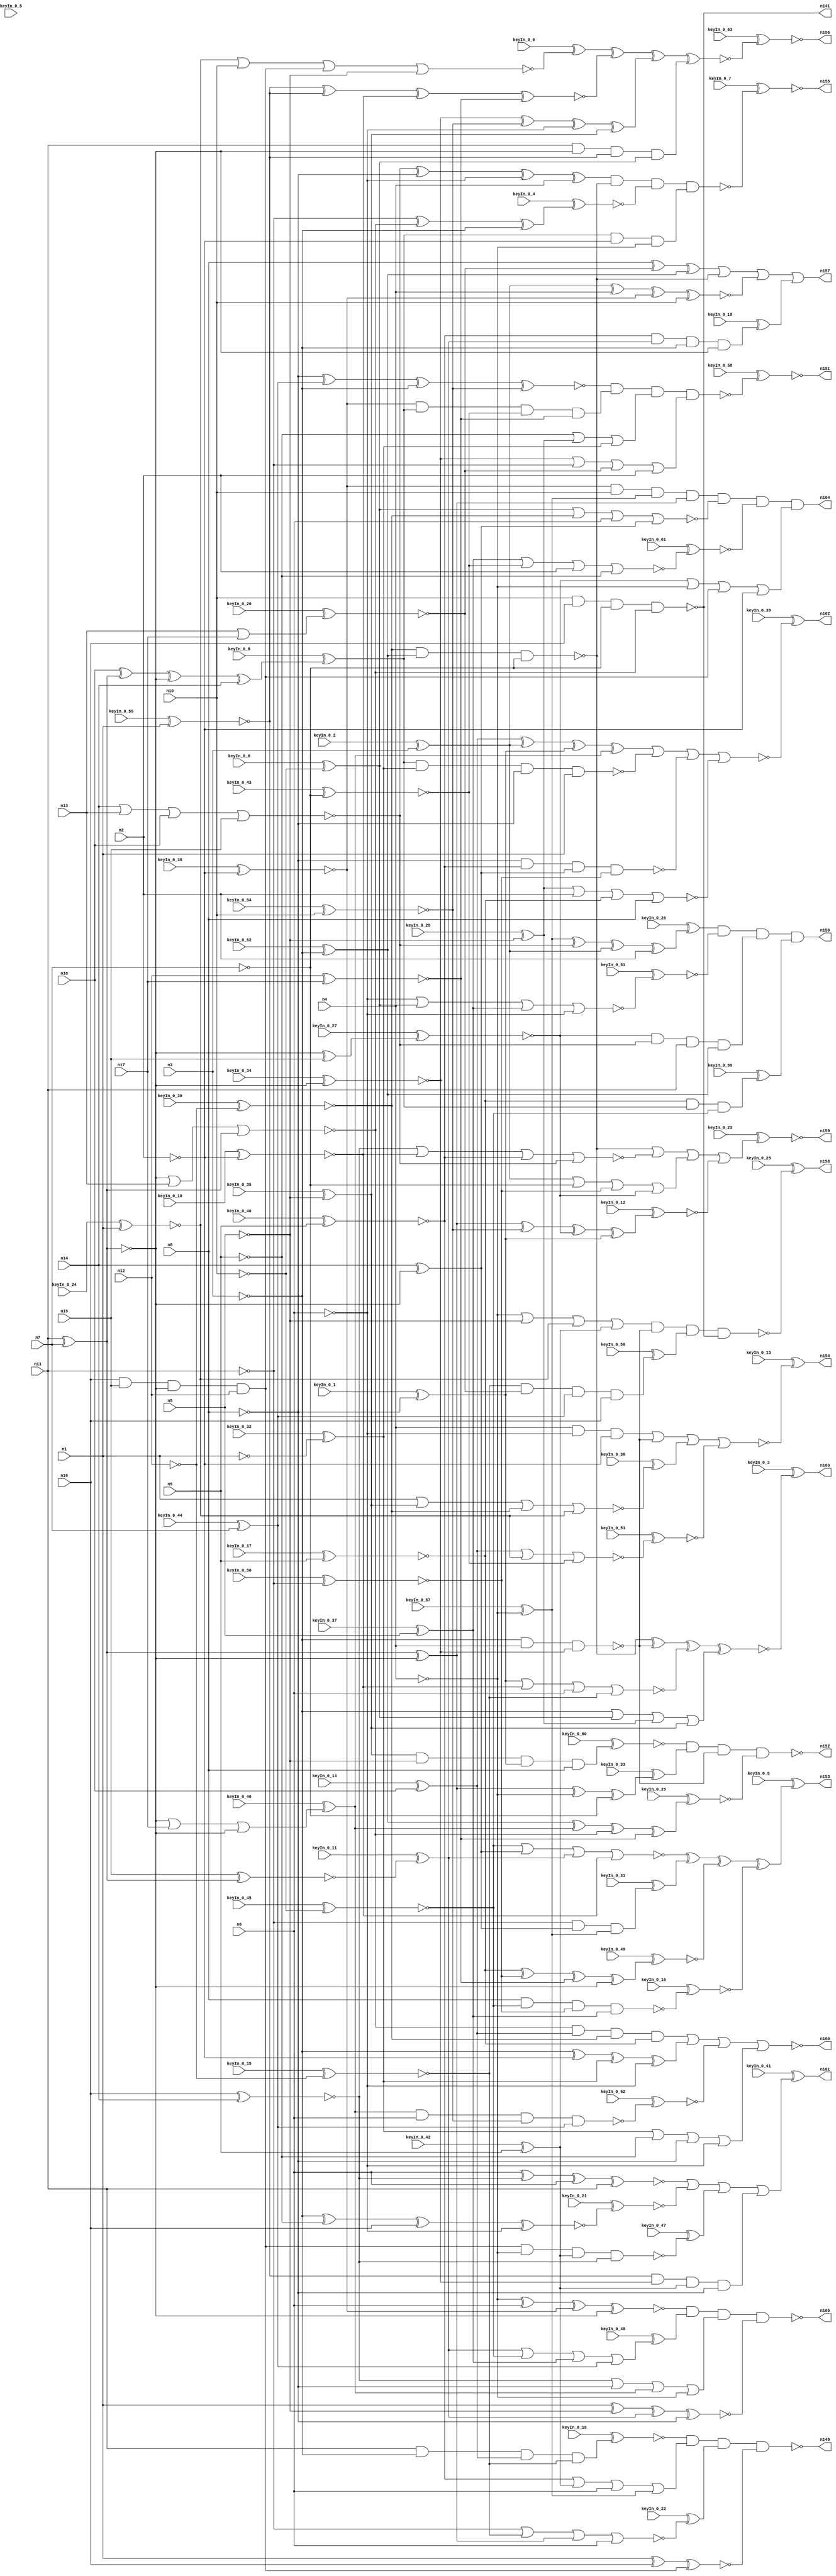


module Stat_147_624
(
  n1,
  n2,
  n3,
  n4,
  n5,
  n6,
  n7,
  n8,
  n9,
  n10,
  n11,
  n12,
  n13,
  n14,
  n15,
  n16,
  n17,
  n18,
  n141,
  n149,
  n157,
  n162,
  n160,
  n165,
  n154,
  n151,
  n163,
  n158,
  n164,
  n150,
  n156,
  n161,
  n152,
  n153,
  n159,
  n155,
  keyIn_0_0,
  keyIn_0_1,
  keyIn_0_2,
  keyIn_0_3,
  keyIn_0_4,
  keyIn_0_5,
  keyIn_0_6,
  keyIn_0_7,
  keyIn_0_8,
  keyIn_0_9,
  keyIn_0_10,
  keyIn_0_11,
  keyIn_0_12,
  keyIn_0_13,
  keyIn_0_14,
  keyIn_0_15,
  keyIn_0_16,
  keyIn_0_17,
  keyIn_0_18,
  keyIn_0_19,
  keyIn_0_20,
  keyIn_0_21,
  keyIn_0_22,
  keyIn_0_23,
  keyIn_0_24,
  keyIn_0_25,
  keyIn_0_26,
  keyIn_0_27,
  keyIn_0_28,
  keyIn_0_29,
  keyIn_0_30,
  keyIn_0_31,
  keyIn_0_32,
  keyIn_0_33,
  keyIn_0_34,
  keyIn_0_35,
  keyIn_0_36,
  keyIn_0_37,
  keyIn_0_38,
  keyIn_0_39,
  keyIn_0_40,
  keyIn_0_41,
  keyIn_0_42,
  keyIn_0_43,
  keyIn_0_44,
  keyIn_0_45,
  keyIn_0_46,
  keyIn_0_47,
  keyIn_0_48,
  keyIn_0_49,
  keyIn_0_50,
  keyIn_0_51,
  keyIn_0_52,
  keyIn_0_53,
  keyIn_0_54,
  keyIn_0_55,
  keyIn_0_56,
  keyIn_0_57,
  keyIn_0_58,
  keyIn_0_59,
  keyIn_0_60,
  keyIn_0_61,
  keyIn_0_62,
  keyIn_0_63
);

  input n1;
  input n2;
  input n3;
  input n4;
  input n5;
  input n6;
  input n7;
  input n8;
  input n9;
  input n10;
  input n11;
  input n12;
  input n13;
  input n14;
  input n15;
  input n16;
  input n17;
  input n18;
  input keyIn_0_0;
  input keyIn_0_1;
  input keyIn_0_2;
  input keyIn_0_3;
  input keyIn_0_4;
  input keyIn_0_5;
  input keyIn_0_6;
  input keyIn_0_7;
  input keyIn_0_8;
  input keyIn_0_9;
  input keyIn_0_10;
  input keyIn_0_11;
  input keyIn_0_12;
  input keyIn_0_13;
  input keyIn_0_14;
  input keyIn_0_15;
  input keyIn_0_16;
  input keyIn_0_17;
  input keyIn_0_18;
  input keyIn_0_19;
  input keyIn_0_20;
  input keyIn_0_21;
  input keyIn_0_22;
  input keyIn_0_23;
  input keyIn_0_24;
  input keyIn_0_25;
  input keyIn_0_26;
  input keyIn_0_27;
  input keyIn_0_28;
  input keyIn_0_29;
  input keyIn_0_30;
  input keyIn_0_31;
  input keyIn_0_32;
  input keyIn_0_33;
  input keyIn_0_34;
  input keyIn_0_35;
  input keyIn_0_36;
  input keyIn_0_37;
  input keyIn_0_38;
  input keyIn_0_39;
  input keyIn_0_40;
  input keyIn_0_41;
  input keyIn_0_42;
  input keyIn_0_43;
  input keyIn_0_44;
  input keyIn_0_45;
  input keyIn_0_46;
  input keyIn_0_47;
  input keyIn_0_48;
  input keyIn_0_49;
  input keyIn_0_50;
  input keyIn_0_51;
  input keyIn_0_52;
  input keyIn_0_53;
  input keyIn_0_54;
  input keyIn_0_55;
  input keyIn_0_56;
  input keyIn_0_57;
  input keyIn_0_58;
  input keyIn_0_59;
  input keyIn_0_60;
  input keyIn_0_61;
  input keyIn_0_62;
  input keyIn_0_63;
  output n141;
  output n149;
  output n157;
  output n162;
  output n160;
  output n165;
  output n154;
  output n151;
  output n163;
  output n158;
  output n164;
  output n150;
  output n156;
  output n161;
  output n152;
  output n153;
  output n159;
  output n155;
  wire n19;
  wire n20;
  wire n21;
  wire n22;
  wire n23;
  wire n24;
  wire n25;
  wire n26;
  wire n27;
  wire n28;
  wire n29;
  wire n30;
  wire n31;
  wire n32;
  wire n33;
  wire n34;
  wire n35;
  wire n36;
  wire n37;
  wire n38;
  wire n39;
  wire n40;
  wire n41;
  wire n42;
  wire n43;
  wire n44;
  wire n45;
  wire n46;
  wire n47;
  wire n48;
  wire n49;
  wire n50;
  wire n51;
  wire n52;
  wire n53;
  wire n54;
  wire n55;
  wire n56;
  wire n57;
  wire n58;
  wire n59;
  wire n60;
  wire n61;
  wire n62;
  wire n63;
  wire n64;
  wire n65;
  wire n66;
  wire n67;
  wire n68;
  wire n69;
  wire n70;
  wire n71;
  wire n72;
  wire n73;
  wire n74;
  wire n75;
  wire n76;
  wire n77;
  wire n78;
  wire n79;
  wire n80;
  wire n81;
  wire n82;
  wire n83;
  wire n84;
  wire n85;
  wire n86;
  wire n87;
  wire n88;
  wire n89;
  wire n90;
  wire n91;
  wire n92;
  wire n93;
  wire n94;
  wire n95;
  wire n96;
  wire n97;
  wire n98;
  wire n99;
  wire n100;
  wire n101;
  wire n102;
  wire n103;
  wire n104;
  wire n105;
  wire n106;
  wire n107;
  wire n108;
  wire n109;
  wire n110;
  wire n111;
  wire n112;
  wire n113;
  wire n114;
  wire n115;
  wire n116;
  wire n117;
  wire n118;
  wire n119;
  wire n120;
  wire n121;
  wire n122;
  wire n123;
  wire n124;
  wire n125;
  wire n126;
  wire n127;
  wire n128;
  wire n129;
  wire n130;
  wire n131;
  wire n132;
  wire n133;
  wire n134;
  wire n135;
  wire n136;
  wire n137;
  wire n138;
  wire n139;
  wire n140;
  wire n142;
  wire n143;
  wire n144;
  wire n145;
  wire n146;
  wire n147;
  wire n148;
  wire KeyWire_0_0;
  wire KeyNOTWire_0_0;
  wire KeyWire_0_1;
  wire KeyWire_0_2;
  wire KeyWire_0_3;
  wire KeyNOTWire_0_3;
  wire KeyWire_0_4;
  wire KeyNOTWire_0_4;
  wire KeyWire_0_5;
  wire KeyWire_0_6;
  wire KeyNOTWire_0_6;
  wire KeyWire_0_7;
  wire KeyWire_0_8;
  wire KeyWire_0_9;
  wire KeyWire_0_10;
  wire KeyWire_0_11;
  wire KeyWire_0_12;
  wire KeyNOTWire_0_12;
  wire KeyWire_0_13;
  wire KeyWire_0_14;
  wire KeyNOTWire_0_14;
  wire KeyWire_0_15;
  wire KeyNOTWire_0_15;
  wire KeyWire_0_16;
  wire KeyNOTWire_0_16;
  wire KeyWire_0_17;
  wire KeyNOTWire_0_17;
  wire KeyWire_0_18;
  wire KeyWire_0_19;
  wire KeyNOTWire_0_19;
  wire KeyWire_0_20;
  wire KeyWire_0_21;
  wire KeyNOTWire_0_21;
  wire KeyWire_0_22;
  wire KeyNOTWire_0_22;
  wire KeyWire_0_23;
  wire KeyNOTWire_0_23;
  wire KeyWire_0_24;
  wire KeyNOTWire_0_24;
  wire KeyWire_0_25;
  wire KeyNOTWire_0_25;
  wire KeyWire_0_26;
  wire KeyWire_0_27;
  wire KeyNOTWire_0_27;
  wire KeyWire_0_28;
  wire KeyWire_0_29;
  wire KeyWire_0_30;
  wire KeyNOTWire_0_30;
  wire KeyWire_0_31;
  wire KeyWire_0_32;
  wire KeyNOTWire_0_32;
  wire KeyWire_0_33;
  wire KeyNOTWire_0_33;
  wire KeyWire_0_34;
  wire KeyNOTWire_0_34;
  wire KeyWire_0_35;
  wire KeyWire_0_36;
  wire KeyWire_0_37;
  wire KeyWire_0_38;
  wire KeyWire_0_39;
  wire KeyNOTWire_0_39;
  wire KeyWire_0_40;
  wire KeyWire_0_41;
  wire KeyWire_0_42;
  wire KeyWire_0_43;
  wire KeyNOTWire_0_43;
  wire KeyWire_0_44;
  wire KeyNOTWire_0_44;
  wire KeyWire_0_45;
  wire KeyNOTWire_0_45;
  wire KeyWire_0_46;
  wire KeyWire_0_47;
  wire KeyWire_0_48;
  wire KeyNOTWire_0_48;
  wire KeyWire_0_49;
  wire KeyNOTWire_0_49;
  wire KeyWire_0_50;
  wire KeyNOTWire_0_50;
  wire KeyWire_0_51;
  wire KeyWire_0_52;
  wire KeyNOTWire_0_52;
  wire KeyWire_0_53;
  wire KeyNOTWire_0_53;
  wire KeyWire_0_54;
  wire KeyWire_0_55;
  wire KeyWire_0_56;
  wire KeyNOTWire_0_56;
  wire KeyWire_0_57;
  wire KeyNOTWire_0_57;
  wire KeyWire_0_58;
  wire KeyNOTWire_0_58;
  wire KeyWire_0_59;
  wire KeyWire_0_60;
  wire KeyWire_0_61;
  wire KeyNOTWire_0_61;
  wire KeyWire_0_62;
  wire KeyWire_0_63;
  wire KeyNOTWire_0_63;

  not
  g0
  (
    KeyWire_0_38,
    n2
  );


  buf
  g1
  (
    n44,
    n6
  );


  not
  g2
  (
    KeyWire_0_0,
    n10
  );


  not
  g3
  (
    KeyWire_0_15,
    n12
  );


  buf
  g4
  (
    KeyWire_0_24,
    n1
  );


  not
  g5
  (
    n39,
    n9
  );


  buf
  g6
  (
    KeyWire_0_54,
    n10
  );


  buf
  g7
  (
    KeyWire_0_17,
    n9
  );


  not
  g8
  (
    n55,
    n7
  );


  not
  g9
  (
    n31,
    n5
  );


  not
  g10
  (
    n35,
    n8
  );


  buf
  g11
  (
    n63,
    n8
  );


  buf
  g12
  (
    n20,
    n11
  );


  buf
  g13
  (
    n52,
    n6
  );


  not
  g14
  (
    KeyWire_0_50,
    n11
  );


  not
  g15
  (
    KeyWire_0_43,
    n7
  );


  not
  g16
  (
    KeyWire_0_10,
    n2
  );


  not
  g17
  (
    KeyWire_0_30,
    n12
  );


  buf
  g18
  (
    KeyWire_0_2,
    n3
  );


  not
  g19
  (
    n49,
    n4
  );


  not
  g20
  (
    KeyWire_0_29,
    n5
  );


  buf
  g21
  (
    KeyWire_0_37,
    n5
  );


  not
  g22
  (
    KeyWire_0_52,
    n3
  );


  buf
  g23
  (
    n43,
    n10
  );


  buf
  g24
  (
    n64,
    n2
  );


  buf
  g25
  (
    n19,
    n7
  );


  buf
  g26
  (
    KeyWire_0_55,
    n1
  );


  not
  g27
  (
    KeyWire_0_35,
    n5
  );


  not
  g28
  (
    n62,
    n3
  );


  buf
  g29
  (
    n29,
    n1
  );


  not
  g30
  (
    n30,
    n2
  );


  not
  g31
  (
    KeyWire_0_45,
    n10
  );


  buf
  g32
  (
    n22,
    n4
  );


  not
  g33
  (
    n23,
    n8
  );


  not
  g34
  (
    KeyWire_0_57,
    n4
  );


  not
  g35
  (
    n37,
    n6
  );


  buf
  g36
  (
    KeyWire_0_42,
    n9
  );


  buf
  g37
  (
    KeyWire_0_40,
    n9
  );


  not
  g38
  (
    n45,
    n6
  );


  not
  g39
  (
    n27,
    n3
  );


  buf
  g40
  (
    n54,
    n11
  );


  not
  g41
  (
    KeyWire_0_32,
    n1
  );


  not
  g42
  (
    KeyWire_0_1,
    n8
  );


  not
  g43
  (
    n42,
    n11
  );


  not
  g44
  (
    n36,
    n4
  );


  buf
  g45
  (
    KeyWire_0_44,
    n7
  );


  xor
  g46
  (
    KeyWire_0_5,
    n19,
    n20
  );


  xnor
  g47
  (
    n66,
    n20,
    n19
  );


  buf
  g48
  (
    n68,
    n66
  );


  buf
  g49
  (
    n69,
    n66
  );


  not
  g50
  (
    n67,
    n66
  );


  not
  g51
  (
    n70,
    n66
  );


  or
  g52
  (
    KeyWire_0_20,
    n13,
    n17
  );


  xnor
  g53
  (
    KeyWire_0_11,
    n15,
    n67
  );


  xor
  g54
  (
    KeyWire_0_27,
    n69,
    n15
  );


  xor
  g55
  (
    n78,
    n70,
    n68
  );


  nand
  g56
  (
    KeyWire_0_34,
    n70,
    n67
  );


  xnor
  g57
  (
    n71,
    n12,
    n17
  );


  buf
  g58
  (
    KeyWire_0_14,
    n18
  );


  not
  g59
  (
    n85,
    n70
  );


  xor
  g60
  (
    n74,
    n14,
    n69
  );


  xnor
  g61
  (
    n81,
    n16,
    n14
  );


  buf
  g62
  (
    n76,
    n16
  );


  nor
  g63
  (
    n72,
    n68,
    n13,
    n67
  );


  and
  g64
  (
    n75,
    n16,
    n15,
    n69,
    n12
  );


  or
  g65
  (
    KeyWire_0_46,
    n68,
    n17,
    n69
  );


  xor
  g66
  (
    KeyWire_0_8,
    n18,
    n67,
    n68,
    n14
  );


  nor
  g67
  (
    n79,
    n14,
    n13,
    n18,
    n15
  );


  nand
  g68
  (
    n147,
    n62,
    n22,
    n82
  );


  xnor
  g69
  (
    n109,
    n29,
    n76,
    n75
  );


  nand
  g70
  (
    n148,
    n21,
    n28,
    n55
  );


  and
  g71
  (
    n125,
    n86,
    n30,
    n36
  );


  xor
  g72
  (
    KeyWire_0_4,
    n42,
    n72,
    n27
  );


  and
  g73
  (
    KeyWire_0_31,
    n42,
    n74,
    n40
  );


  and
  g74
  (
    KeyWire_0_59,
    n58,
    n86,
    n33
  );


  and
  g75
  (
    n117,
    n22,
    n45,
    n30
  );


  nand
  g76
  (
    n141,
    n43,
    n76,
    n55,
    n72
  );


  and
  g77
  (
    KeyWire_0_18,
    n60,
    n77,
    n27,
    n85
  );


  and
  g78
  (
    n100,
    n51,
    n86,
    n24,
    n71
  );


  xor
  g79
  (
    n89,
    n82,
    n32,
    n37,
    n57
  );


  and
  g80
  (
    n130,
    n51,
    n43,
    n40,
    n78
  );


  nor
  g81
  (
    KeyWire_0_22,
    n42,
    n46,
    n78,
    n44
  );


  xor
  g82
  (
    KeyWire_0_26,
    n40,
    n79,
    n53,
    n64
  );


  or
  g83
  (
    n122,
    n82,
    n42,
    n83,
    n64
  );


  xnor
  g84
  (
    KeyWire_0_21,
    n27,
    n39,
    n76,
    n37
  );


  xnor
  g85
  (
    n137,
    n35,
    n61,
    n62,
    n32
  );


  and
  g86
  (
    n96,
    n34,
    n82,
    n25,
    n23
  );


  and
  g87
  (
    n90,
    n72,
    n73,
    n21,
    n58
  );


  nor
  g88
  (
    n91,
    n59,
    n21,
    n52,
    n74
  );


  nand
  g89
  (
    n88,
    n23,
    n60,
    n74,
    n56
  );


  or
  g90
  (
    KeyWire_0_48,
    n77,
    n33,
    n47,
    n61
  );


  xor
  g91
  (
    n102,
    n79,
    n35,
    n45,
    n22
  );


  xor
  g92
  (
    KeyWire_0_49,
    n58,
    n56,
    n71,
    n85
  );


  nor
  g93
  (
    KeyWire_0_6,
    n38,
    n43,
    n75,
    n31
  );


  or
  g94
  (
    n105,
    n60,
    n25,
    n52,
    n40
  );


  xnor
  g95
  (
    n104,
    n36,
    n44,
    n51,
    n85
  );


  nand
  g96
  (
    KeyWire_0_62,
    n80,
    n52,
    n32,
    n61
  );


  and
  g97
  (
    KeyWire_0_56,
    n46,
    n83,
    n61,
    n76
  );


  xor
  g98
  (
    KeyWire_0_25,
    n28,
    n80,
    n72,
    n71
  );


  nor
  g99
  (
    n115,
    n33,
    n74,
    n77,
    n50
  );


  xor
  g100
  (
    n143,
    n63,
    n83,
    n28
  );


  or
  g101
  (
    n106,
    n84,
    n36,
    n75,
    n30
  );


  xor
  g102
  (
    n112,
    n73,
    n53,
    n41,
    n80
  );


  nor
  g103
  (
    KeyWire_0_51,
    n37,
    n59,
    n47,
    n45
  );


  and
  g104
  (
    n99,
    n54,
    n85,
    n34,
    n59
  );


  or
  g105
  (
    n140,
    n62,
    n59,
    n26,
    n57
  );


  or
  g106
  (
    n93,
    n48,
    n39,
    n23,
    n45
  );


  nor
  g107
  (
    KeyWire_0_61,
    n47,
    n24,
    n64,
    n39
  );


  nand
  g108
  (
    KeyWire_0_16,
    n63,
    n33,
    n56,
    n47
  );


  xor
  g109
  (
    n128,
    n62,
    n30,
    n48,
    n37
  );


  or
  g110
  (
    n124,
    n39,
    n26,
    n48
  );


  xnor
  g111
  (
    n132,
    n29,
    n31,
    n77,
    n35
  );


  and
  g112
  (
    n111,
    n84,
    n79,
    n54,
    n28
  );


  nand
  g113
  (
    n87,
    n86,
    n48,
    n23,
    n29
  );


  xnor
  g114
  (
    n133,
    n53,
    n22,
    n51,
    n43
  );


  or
  g115
  (
    n103,
    n53,
    n55,
    n56,
    n84
  );


  nor
  g116
  (
    n94,
    n41,
    n50,
    n44,
    n46
  );


  nand
  g117
  (
    KeyWire_0_47,
    n75,
    n49,
    n25,
    n81
  );


  nor
  g118
  (
    KeyWire_0_36,
    n29,
    n57,
    n21,
    n38
  );


  or
  g119
  (
    n118,
    n81,
    n35,
    n80,
    n36
  );


  and
  g120
  (
    KeyWire_0_19,
    n54,
    n27,
    n73,
    n46
  );


  nor
  g121
  (
    KeyWire_0_53,
    n73,
    n38,
    n24
  );


  nor
  g122
  (
    n146,
    n81,
    n50,
    n60,
    n79
  );


  xnor
  g123
  (
    n114,
    n34,
    n34,
    n50,
    n71
  );


  or
  g124
  (
    n135,
    n49,
    n31,
    n38,
    n25
  );


  xor
  g125
  (
    KeyWire_0_33,
    n78,
    n49,
    n55
  );


  xnor
  g126
  (
    n97,
    n52,
    n81,
    n44,
    n54
  );


  and
  g127
  (
    KeyWire_0_60,
    n57,
    n31,
    n41,
    n63
  );


  xor
  g128
  (
    KeyWire_0_12,
    n78,
    n32,
    n84,
    n41
  );


  nor
  g129
  (
    n108,
    n26,
    n64,
    n58,
    n63
  );


  nand
  g130
  (
    n152,
    n98,
    n131,
    n147,
    n113
  );


  nor
  g131
  (
    n160,
    n90,
    n128,
    n144,
    n93
  );


  xnor
  g132
  (
    KeyWire_0_3,
    n148,
    n147,
    n94,
    n140
  );


  nand
  g133
  (
    KeyWire_0_28,
    n135,
    n147,
    n101,
    n141
  );


  xnor
  g134
  (
    KeyWire_0_63,
    n121,
    n114,
    n89,
    n99
  );


  nand
  g135
  (
    n149,
    n136,
    n105,
    n110,
    n109
  );


  nand
  g136
  (
    n165,
    n104,
    n120,
    n118,
    n132
  );


  nor
  g137
  (
    KeyWire_0_39,
    n112,
    n87,
    n88,
    n108
  );


  or
  g138
  (
    KeyWire_0_41,
    n97,
    n129,
    n127,
    n96
  );


  nand
  g139
  (
    KeyWire_0_7,
    n102,
    n148,
    n126,
    n125
  );


  or
  g140
  (
    KeyWire_0_23,
    n148,
    n146,
    n103,
    n119
  );


  and
  g141
  (
    n164,
    n130,
    n91,
    n123,
    n106
  );


  and
  g142
  (
    n150,
    n116,
    n107,
    n111,
    n95
  );


  nand
  g143
  (
    KeyWire_0_58,
    n137,
    n100,
    n124,
    n122
  );


  nor
  g144
  (
    KeyWire_0_13,
    n117,
    n147,
    n92,
    n145
  );


  xor
  g145
  (
    KeyWire_0_9,
    n115,
    n138,
    n139,
    n134
  );


  or
  g146
  (
    n157,
    n143,
    n148,
    n133,
    n142
  );


  xnor
  KeyGate_0_0
  (
    KeyNOTWire_0_0,
    keyIn_0_0,
    KeyWire_0_0
  );


  not
  KeyNOTGate_0_0
  (
    n59,
    KeyNOTWire_0_0
  );


  xor
  KeyGate_0_1
  (
    n41,
    keyIn_0_1,
    KeyWire_0_1
  );


  xor
  KeyGate_0_2
  (
    n53,
    keyIn_0_2,
    KeyWire_0_2
  );


  xnor
  KeyGate_0_3
  (
    KeyNOTWire_0_3,
    keyIn_0_3,
    KeyWire_0_3
  );


  not
  KeyNOTGate_0_3
  (
    n163,
    KeyNOTWire_0_3
  );


  xor
  KeyGate_0_4
  (
    KeyNOTWire_0_4,
    keyIn_0_4,
    KeyWire_0_4
  );


  not
  KeyNOTGate_0_4
  (
    n126,
    KeyNOTWire_0_4
  );


  xor
  KeyGate_0_5
  (
    n65,
    keyIn_0_5,
    KeyWire_0_5
  );


  xnor
  KeyGate_0_6
  (
    KeyNOTWire_0_6,
    keyIn_0_6,
    KeyWire_0_6
  );


  not
  KeyNOTGate_0_6
  (
    n121,
    KeyNOTWire_0_6
  );


  xnor
  KeyGate_0_7
  (
    n155,
    keyIn_0_7,
    KeyWire_0_7
  );


  xor
  KeyGate_0_8
  (
    n86,
    keyIn_0_8,
    KeyWire_0_8
  );


  xor
  KeyGate_0_9
  (
    n153,
    keyIn_0_9,
    KeyWire_0_9
  );


  xnor
  KeyGate_0_10
  (
    n50,
    keyIn_0_10,
    KeyWire_0_10
  );


  xor
  KeyGate_0_11
  (
    n77,
    keyIn_0_11,
    KeyWire_0_11
  );


  xor
  KeyGate_0_12
  (
    KeyNOTWire_0_12,
    keyIn_0_12,
    KeyWire_0_12
  );


  not
  KeyNOTGate_0_12
  (
    n119,
    KeyNOTWire_0_12
  );


  xor
  KeyGate_0_13
  (
    n154,
    keyIn_0_13,
    KeyWire_0_13
  );


  xnor
  KeyGate_0_14
  (
    KeyNOTWire_0_14,
    keyIn_0_14,
    KeyWire_0_14
  );


  not
  KeyNOTGate_0_14
  (
    n73,
    KeyNOTWire_0_14
  );


  xor
  KeyGate_0_15
  (
    KeyNOTWire_0_15,
    keyIn_0_15,
    KeyWire_0_15
  );


  not
  KeyNOTGate_0_15
  (
    n46,
    KeyNOTWire_0_15
  );


  xor
  KeyGate_0_16
  (
    KeyNOTWire_0_16,
    keyIn_0_16,
    KeyWire_0_16
  );


  not
  KeyNOTGate_0_16
  (
    n134,
    KeyNOTWire_0_16
  );


  xor
  KeyGate_0_17
  (
    KeyNOTWire_0_17,
    keyIn_0_17,
    KeyWire_0_17
  );


  not
  KeyNOTGate_0_17
  (
    n58,
    KeyNOTWire_0_17
  );


  xor
  KeyGate_0_18
  (
    n142,
    keyIn_0_18,
    KeyWire_0_18
  );


  xor
  KeyGate_0_19
  (
    KeyNOTWire_0_19,
    keyIn_0_19,
    KeyWire_0_19
  );


  not
  KeyNOTGate_0_19
  (
    n136,
    KeyNOTWire_0_19
  );


  xnor
  KeyGate_0_20
  (
    n83,
    keyIn_0_20,
    KeyWire_0_20
  );


  xor
  KeyGate_0_21
  (
    KeyNOTWire_0_21,
    keyIn_0_21,
    KeyWire_0_21
  );


  not
  KeyNOTGate_0_21
  (
    n129,
    KeyNOTWire_0_21
  );


  xnor
  KeyGate_0_22
  (
    KeyNOTWire_0_22,
    keyIn_0_22,
    KeyWire_0_22
  );


  not
  KeyNOTGate_0_22
  (
    n110,
    KeyNOTWire_0_22
  );


  xor
  KeyGate_0_23
  (
    KeyNOTWire_0_23,
    keyIn_0_23,
    KeyWire_0_23
  );


  not
  KeyNOTGate_0_23
  (
    n159,
    KeyNOTWire_0_23
  );


  xor
  KeyGate_0_24
  (
    KeyNOTWire_0_24,
    keyIn_0_24,
    KeyWire_0_24
  );


  not
  KeyNOTGate_0_24
  (
    n38,
    KeyNOTWire_0_24
  );


  xor
  KeyGate_0_25
  (
    KeyNOTWire_0_25,
    keyIn_0_25,
    KeyWire_0_25
  );


  not
  KeyNOTGate_0_25
  (
    n113,
    KeyNOTWire_0_25
  );


  xor
  KeyGate_0_26
  (
    n116,
    keyIn_0_26,
    KeyWire_0_26
  );


  xor
  KeyGate_0_27
  (
    KeyNOTWire_0_27,
    keyIn_0_27,
    KeyWire_0_27
  );


  not
  KeyNOTGate_0_27
  (
    n84,
    KeyNOTWire_0_27
  );


  xor
  KeyGate_0_28
  (
    n158,
    keyIn_0_28,
    KeyWire_0_28
  );


  xor
  KeyGate_0_29
  (
    n26,
    keyIn_0_29,
    KeyWire_0_29
  );


  xor
  KeyGate_0_30
  (
    KeyNOTWire_0_30,
    keyIn_0_30,
    KeyWire_0_30
  );


  not
  KeyNOTGate_0_30
  (
    n21,
    KeyNOTWire_0_30
  );


  xor
  KeyGate_0_31
  (
    n138,
    keyIn_0_31,
    KeyWire_0_31
  );


  xnor
  KeyGate_0_32
  (
    KeyNOTWire_0_32,
    keyIn_0_32,
    KeyWire_0_32
  );


  not
  KeyNOTGate_0_32
  (
    n48,
    KeyNOTWire_0_32
  );


  xnor
  KeyGate_0_33
  (
    KeyNOTWire_0_33,
    keyIn_0_33,
    KeyWire_0_33
  );


  not
  KeyNOTGate_0_33
  (
    n131,
    KeyNOTWire_0_33
  );


  xor
  KeyGate_0_34
  (
    KeyNOTWire_0_34,
    keyIn_0_34,
    KeyWire_0_34
  );


  not
  KeyNOTGate_0_34
  (
    n82,
    KeyNOTWire_0_34
  );


  xor
  KeyGate_0_35
  (
    n57,
    keyIn_0_35,
    KeyWire_0_35
  );


  xor
  KeyGate_0_36
  (
    n92,
    keyIn_0_36,
    KeyWire_0_36
  );


  xor
  KeyGate_0_37
  (
    n47,
    keyIn_0_37,
    KeyWire_0_37
  );


  xnor
  KeyGate_0_38
  (
    n51,
    keyIn_0_38,
    KeyWire_0_38
  );


  xnor
  KeyGate_0_39
  (
    KeyNOTWire_0_39,
    keyIn_0_39,
    KeyWire_0_39
  );


  not
  KeyNOTGate_0_39
  (
    n162,
    KeyNOTWire_0_39
  );


  xnor
  KeyGate_0_40
  (
    n60,
    keyIn_0_40,
    KeyWire_0_40
  );


  xor
  KeyGate_0_41
  (
    n161,
    keyIn_0_41,
    KeyWire_0_41
  );


  xor
  KeyGate_0_42
  (
    n25,
    keyIn_0_42,
    KeyWire_0_42
  );


  xor
  KeyGate_0_43
  (
    KeyNOTWire_0_43,
    keyIn_0_43,
    KeyWire_0_43
  );


  not
  KeyNOTGate_0_43
  (
    n24,
    KeyNOTWire_0_43
  );


  xnor
  KeyGate_0_44
  (
    KeyNOTWire_0_44,
    keyIn_0_44,
    KeyWire_0_44
  );


  not
  KeyNOTGate_0_44
  (
    n61,
    KeyNOTWire_0_44
  );


  xor
  KeyGate_0_45
  (
    KeyNOTWire_0_45,
    keyIn_0_45,
    KeyWire_0_45
  );


  not
  KeyNOTGate_0_45
  (
    n33,
    KeyNOTWire_0_45
  );


  xor
  KeyGate_0_46
  (
    n80,
    keyIn_0_46,
    KeyWire_0_46
  );


  xor
  KeyGate_0_47
  (
    n127,
    keyIn_0_47,
    KeyWire_0_47
  );


  xnor
  KeyGate_0_48
  (
    KeyNOTWire_0_48,
    keyIn_0_48,
    KeyWire_0_48
  );


  not
  KeyNOTGate_0_48
  (
    n120,
    KeyNOTWire_0_48
  );


  xor
  KeyGate_0_49
  (
    KeyNOTWire_0_49,
    keyIn_0_49,
    KeyWire_0_49
  );


  not
  KeyNOTGate_0_49
  (
    n139,
    KeyNOTWire_0_49
  );


  xor
  KeyGate_0_50
  (
    KeyNOTWire_0_50,
    keyIn_0_50,
    KeyWire_0_50
  );


  not
  KeyNOTGate_0_50
  (
    n56,
    KeyNOTWire_0_50
  );


  xnor
  KeyGate_0_51
  (
    n107,
    keyIn_0_51,
    KeyWire_0_51
  );


  xnor
  KeyGate_0_52
  (
    KeyNOTWire_0_52,
    keyIn_0_52,
    KeyWire_0_52
  );


  not
  KeyNOTGate_0_52
  (
    n28,
    KeyNOTWire_0_52
  );


  xor
  KeyGate_0_53
  (
    KeyNOTWire_0_53,
    keyIn_0_53,
    KeyWire_0_53
  );


  not
  KeyNOTGate_0_53
  (
    n145,
    KeyNOTWire_0_53
  );


  xnor
  KeyGate_0_54
  (
    n32,
    keyIn_0_54,
    KeyWire_0_54
  );


  xnor
  KeyGate_0_55
  (
    n34,
    keyIn_0_55,
    KeyWire_0_55
  );


  xnor
  KeyGate_0_56
  (
    KeyNOTWire_0_56,
    keyIn_0_56,
    KeyWire_0_56
  );


  not
  KeyNOTGate_0_56
  (
    n101,
    KeyNOTWire_0_56
  );


  xnor
  KeyGate_0_57
  (
    KeyNOTWire_0_57,
    keyIn_0_57,
    KeyWire_0_57
  );


  not
  KeyNOTGate_0_57
  (
    n40,
    KeyNOTWire_0_57
  );


  xor
  KeyGate_0_58
  (
    KeyNOTWire_0_58,
    keyIn_0_58,
    KeyWire_0_58
  );


  not
  KeyNOTGate_0_58
  (
    n151,
    KeyNOTWire_0_58
  );


  xor
  KeyGate_0_59
  (
    n95,
    keyIn_0_59,
    KeyWire_0_59
  );


  xnor
  KeyGate_0_60
  (
    n98,
    keyIn_0_60,
    KeyWire_0_60
  );


  xor
  KeyGate_0_61
  (
    KeyNOTWire_0_61,
    keyIn_0_61,
    KeyWire_0_61
  );


  not
  KeyNOTGate_0_61
  (
    n123,
    KeyNOTWire_0_61
  );


  xnor
  KeyGate_0_62
  (
    n144,
    keyIn_0_62,
    KeyWire_0_62
  );


  xor
  KeyGate_0_63
  (
    KeyNOTWire_0_63,
    keyIn_0_63,
    KeyWire_0_63
  );


  not
  KeyNOTGate_0_63
  (
    n156,
    KeyNOTWire_0_63
  );


endmodule